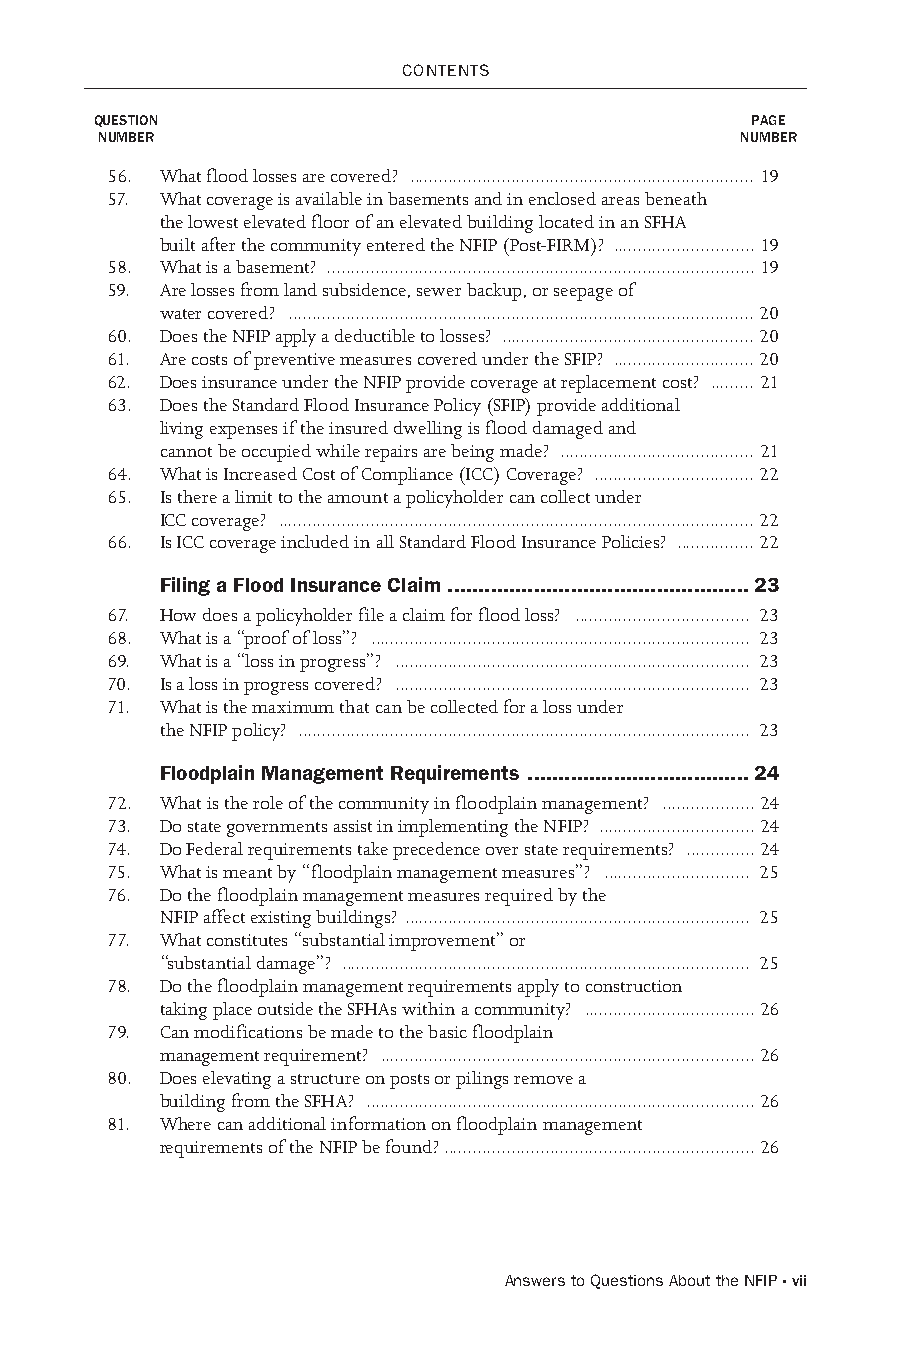
CoNTENTs
 Question                                    Page
 number                                     number
 56. What flood losses are covered? ....................................................................... 19
 57. What coverage is available in basements and in enclosed areas beneath
 the lowest elevated floor of an elevated building located in an SFHA
 built after the community entered the NFIP (Post-FIRM)? ............................. 19
 58. What is a basement? ........................................................................................ 19
 59. Are losses from land subsidence, sewer backup, or seepage of
 water covered? ................................................................................................ 20
 60. Does the NFIP apply a deductible to losses? .................................................... 20
 61. Are costs of preventive measures covered under the SFIP? ............................. 20
 62. Does insurance under the NFIP provide coverage at replacement cost? ......... 21
 63. Does the Standard Flood Insurance Policy (SFIP) provide additional
 living expenses if the insured dwelling is flood damaged and
 cannot be occupied while repairs are being made? ........................................ 21
 64. What is Increased Cost of Compliance (ICC) Coverage? ................................. 22
 65. Is there a limit to the amount a policyholder can collect under
 ICC coverage? .................................................................................................. 22
 66. Is ICC coverage included in all Standard Flood Insurance Policies? ................ 22
 Filing a Flood Insurance Claim .................................................23
 67. How does a policyholder file a claim for flood loss? .................................... 23
 68. What is a “proof of loss”? .............................................................................. 23
 69. What is a “loss in progress”? ......................................................................... 23
 70. Is a loss in progress covered? ......................................................................... 23
 71. What is the maximum that can be collected for a loss under
 the NFIP policy? ............................................................................................. 23
 Floodplain Management Requirements ....................................24
 72. What is the role of the community in floodplain management? ................... 24
 73. Do state governments assist in implementing the NFIP? ................................ 24
 74. Do Federal requirements take precedence over state requirements? .............. 24
 75. What is meant by “floodplain management measures”? .............................. 25
 76. Do the floodplain management measures required by the
 NFIP affect existing buildings? ....................................................................... 25
 77. What constitutes “substantial improvement” or
 “substantial damage”? .................................................................................... 25
 78. Do the floodplain management requirements apply to construction
 taking place outside the SFHAs within a community? ................................... 26
 79. Can modifications be made to the basic floodplain
 management requirement? ............................................................................. 26
 80. Does elevating a structure on posts or pilings remove a
 building from the SFHA? ................................................................................ 26
 81. Where can additional information on floodplain management
 requirements of the NFIP be found? ................................................................ 26
 Answers to Questions About the NFIP · vii